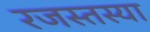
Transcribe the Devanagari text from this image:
रजस्तस्या